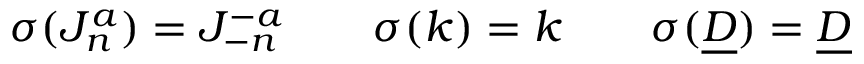
\sigma ( J _ { n } ^ { a } ) = J _ { - n } ^ { - a } \qquad \sigma ( k ) = k \qquad \sigma ( \underline { { { D } } } ) = \underline { { { D } } }